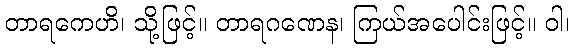
တာရကေဟိ၊ သို့ဖြင့်။ တာရဂဏေန၊ ကြယ်အပေါင်းဖြင့်။ ဝါ၊